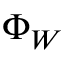
\Phi _ { W }